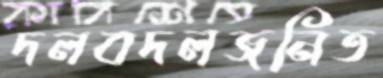
দলবদলজনিত